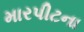
મારપીટના